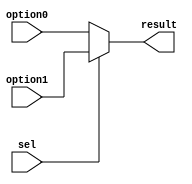
`timescale 1ns / 1ps

module mux_2_6(
           input sel,
           input [5:0] option0,
           input [5:0] option1,
           output reg [5:0] result
       );

always @(*) begin
    if(sel)
        result <= option1;
    else
        result <= option0;
end

endmodule


 module mux_4_5(
	  input [1:0] sel,
	  input [4:0] option0,
	  input [4:0] option1,
	  input [4:0] option2,
	  input [4:0] option3,
	  output reg [4:0] result
 );

always @(*) begin
    case (sel)
        2'b00:
            result <= option0;
        2'b01:
            result <= option1;
        2'b10:
            result <= option2;
        2'b11:
            result <= option3;
        default:
            result <= 6'd0;
    endcase
end

endmodule //

module mux_2_32(
		input sel,
		input [31:0] option0,
		input [31:0] option1,
		output reg [31:0] result
);

always @(*) begin
    if(sel)
        result <= option1;
    else
        result <= option0;
end

endmodule //

module mux_4_32(
		input [1:0] sel,
		input [31:0] option0,
		input [31:0] option1,
		input [31:0] option2,
		input [31:0] option3,
		output reg [31:0] result
);

always @(*) begin
    case (sel)
        2'b00:
            result <= option0;
        2'b01:
            result <= option1;
        2'b10:
            result <= option2;
        2'b11:
            result <= option3;
        default:
            result <= 32'd0;
    endcase
end

endmodule //